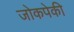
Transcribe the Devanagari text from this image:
जोकपेकी